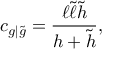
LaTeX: c _ { g | \tilde { g } } = \frac { \ell \tilde { \ell } \tilde { h } } { h + \tilde { h } } ,